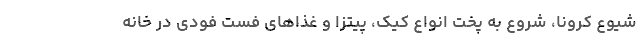
شیوع کرونا، شروع به پخت انواع کیک، پیتزا و غذاهای فست فودی در خانه